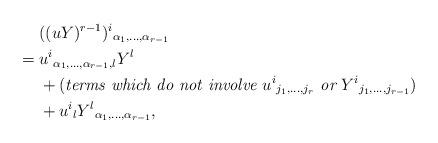
LaTeX: \begin{align*}&\hphantom{{}={}}((uY)^{r-1})^i{}_{\alpha_1,\ldots,\alpha_{r-1}}\\*&=u^i{}_{\alpha_1,\ldots,\alpha_{r-1},l}Y^l\\*&\hphantom{{}={}}+(\textit{terms which do not involve $u^i{}_{j_1,\ldots,j_r}$ or $Y^i{}_{j_1,\ldots,j_{r-1}}$})\\*&\hphantom{{}={}}+u^i{}_lY^l{}_{\alpha_1,\ldots,\alpha_{r-1}},\end{align*}